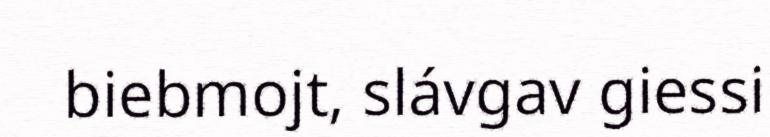
biebmojt, slávgav giessi